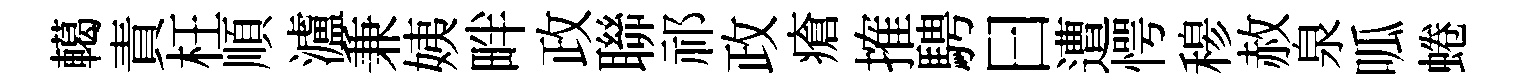
轕責枉順瀘兼姨畔政聯祁政瘡搉騁曰遭愕𥠇赦泉呱蜷